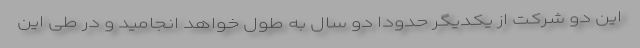
این دو شرکت از یکدیگر حدودا دو سال به طول خواهد انجامید و در طی این